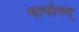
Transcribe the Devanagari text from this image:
नामोनम्